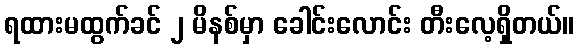
ရထားမထွက်ခင် ၂ မိနစ်မှာ ခေါင်းလောင်း တီးလေ့ရှိတယ်။